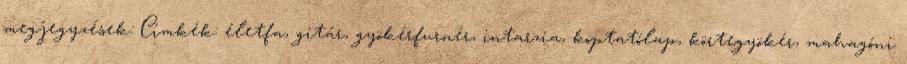
megjegyzések: Címkék: életfa, gitár, gyökérfurnér, intarzia, koptatólap, körtegyökér, mahagóni